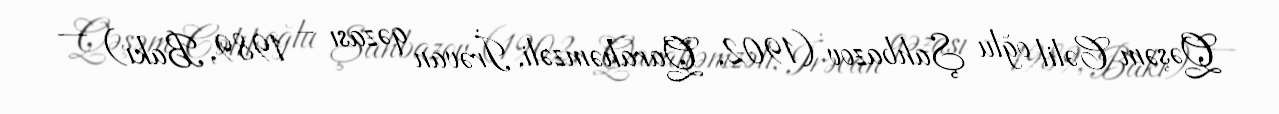
Qəşəm Cəlil oğlu Şahbazov (1902, Qarahəmzəli, İrəvan qəzası – 1989, Bakı) —